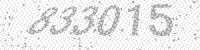
Solution: 833015